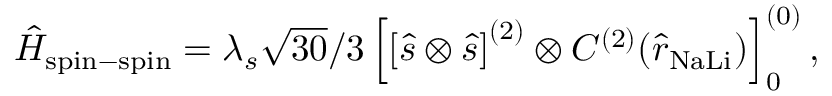
\begin{array} { r } { \hat { H } _ { \mathrm { s p i n - s p i n } } = \lambda _ { s } \sqrt { 3 0 } / 3 \left[ \left[ \hat { s } \otimes \hat { s } \right] ^ { ( 2 ) } \otimes C ^ { ( 2 ) } ( \hat { r } _ { \mathrm { N a L i } } ) \right] _ { 0 } ^ { ( 0 ) } , } \end{array}